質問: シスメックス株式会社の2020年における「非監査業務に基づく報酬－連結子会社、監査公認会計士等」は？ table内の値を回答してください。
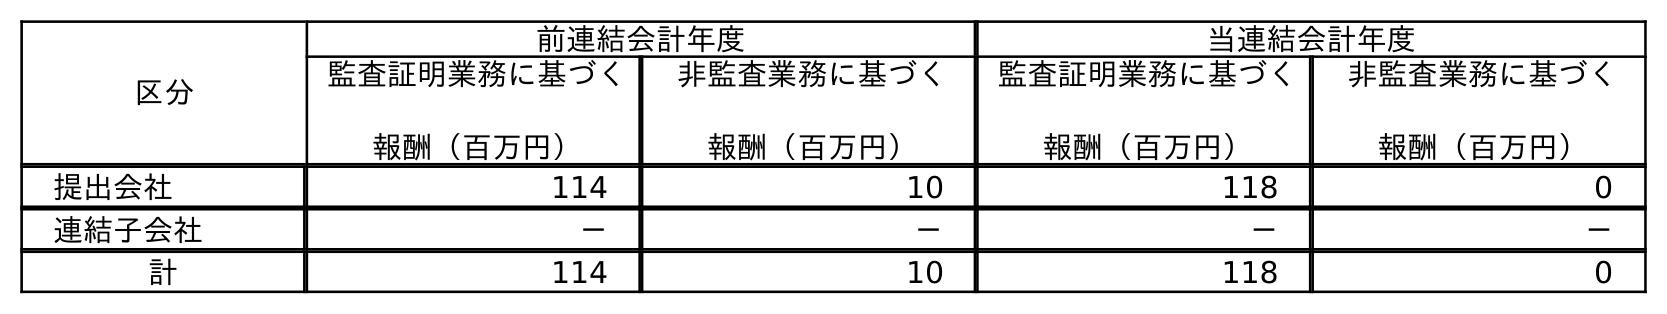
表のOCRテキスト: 区分 前連結会計年度 当連結会計年度 監査証明業務に基づく 報酬（百万円） 非監査業務に基づく 報酬（百万円） 監査証明業務に基づく 報酬（百万円） 非監査業務に基づく 報酬（百万円） 提出会社 114 10 118 0 連結子会社 － － － － 計 114 10 118 0
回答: －